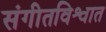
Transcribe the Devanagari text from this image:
संगीतविश्वात